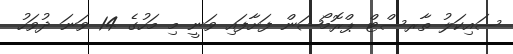
ސައިކަލު ތާރސްޓް ޕްރޮމޯޝަން ފަށާފައި ވަނީ މި މަހުގެ 14 ވަނަ ދުވަހު